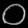
Digit: ၀